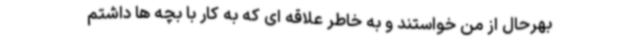
بهرحال از من خواستند و به خاطر علاقه ای که به کار با بچه ها داشتم